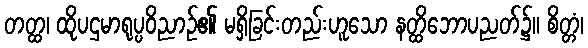
တတ္ထ၊ ထိုပဌမာရုပ္ပဝိညာဉ်၏ မရှိခြင်းတည်းဟူသော နတ္ထိဘောပညတ်၌။ စိတ္တံ၊